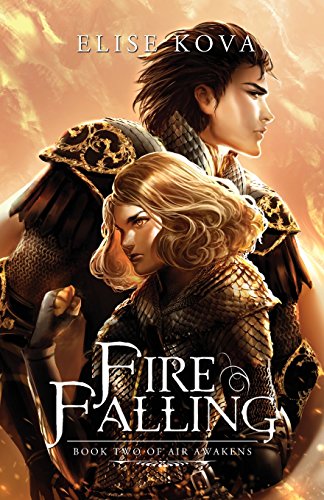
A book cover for Fire Falling (Air Awakens Series Book 2); Elise Kova; Romance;